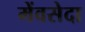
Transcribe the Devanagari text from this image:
मेंवसेदा